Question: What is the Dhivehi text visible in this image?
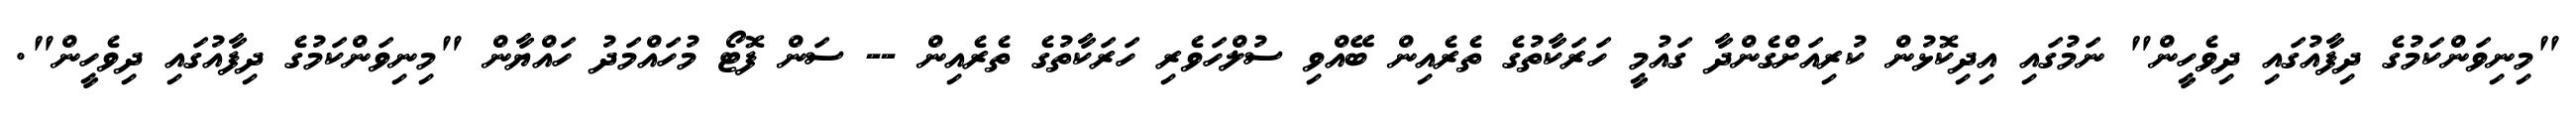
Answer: "މިނިވަންކަމުގެ ދިފާއުގައި ދިވެހީން" ނަމުގައި އިދިކޮޅުން ކުރިއަށްގެންދާ ގައުމީ ހަރަކާތުގެ ތެރެއިން ބޭއްވި ސުލްހަވެރި ހަރަކާތުގެ ތެރެއިން -- ސަން ފޮޓޯ މުހައްމަދު ހައްޔާން "މިނިވަންކަމުގެ ދިފާއުގައި ދިވެހީން".